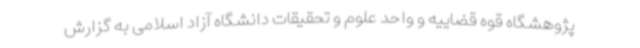
پژوهشگاه قوه قضاییه و واحد علوم و تحقیقات دانشگاه آزاد اسلامی به گزارش